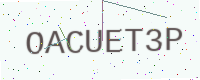
Text: OACUET3P